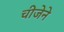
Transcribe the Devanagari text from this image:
चीजेने